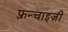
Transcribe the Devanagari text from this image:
फ़्रन्चाइज़ी